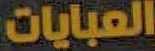
العبايات